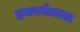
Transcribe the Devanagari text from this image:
इथपर्यंतच्या